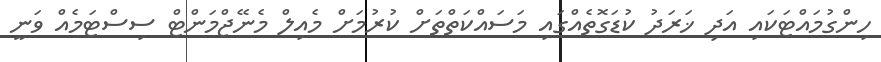
ހިންގުމައްޓަކައި އަދި ޚަރަދު ކުޑަގޮތެއްގައި މަސައްކަތްތަށް ކުރުމަށް މެއިލް މެނޭޖްމަންޓް ސިސްޓަމެއް ވަނީ